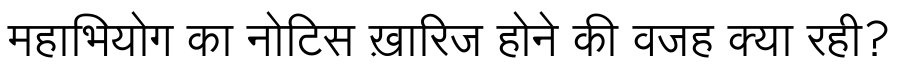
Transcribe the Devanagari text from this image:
महाभियोग का नोटिस ख़ारिज होने की वजह क्या रही?